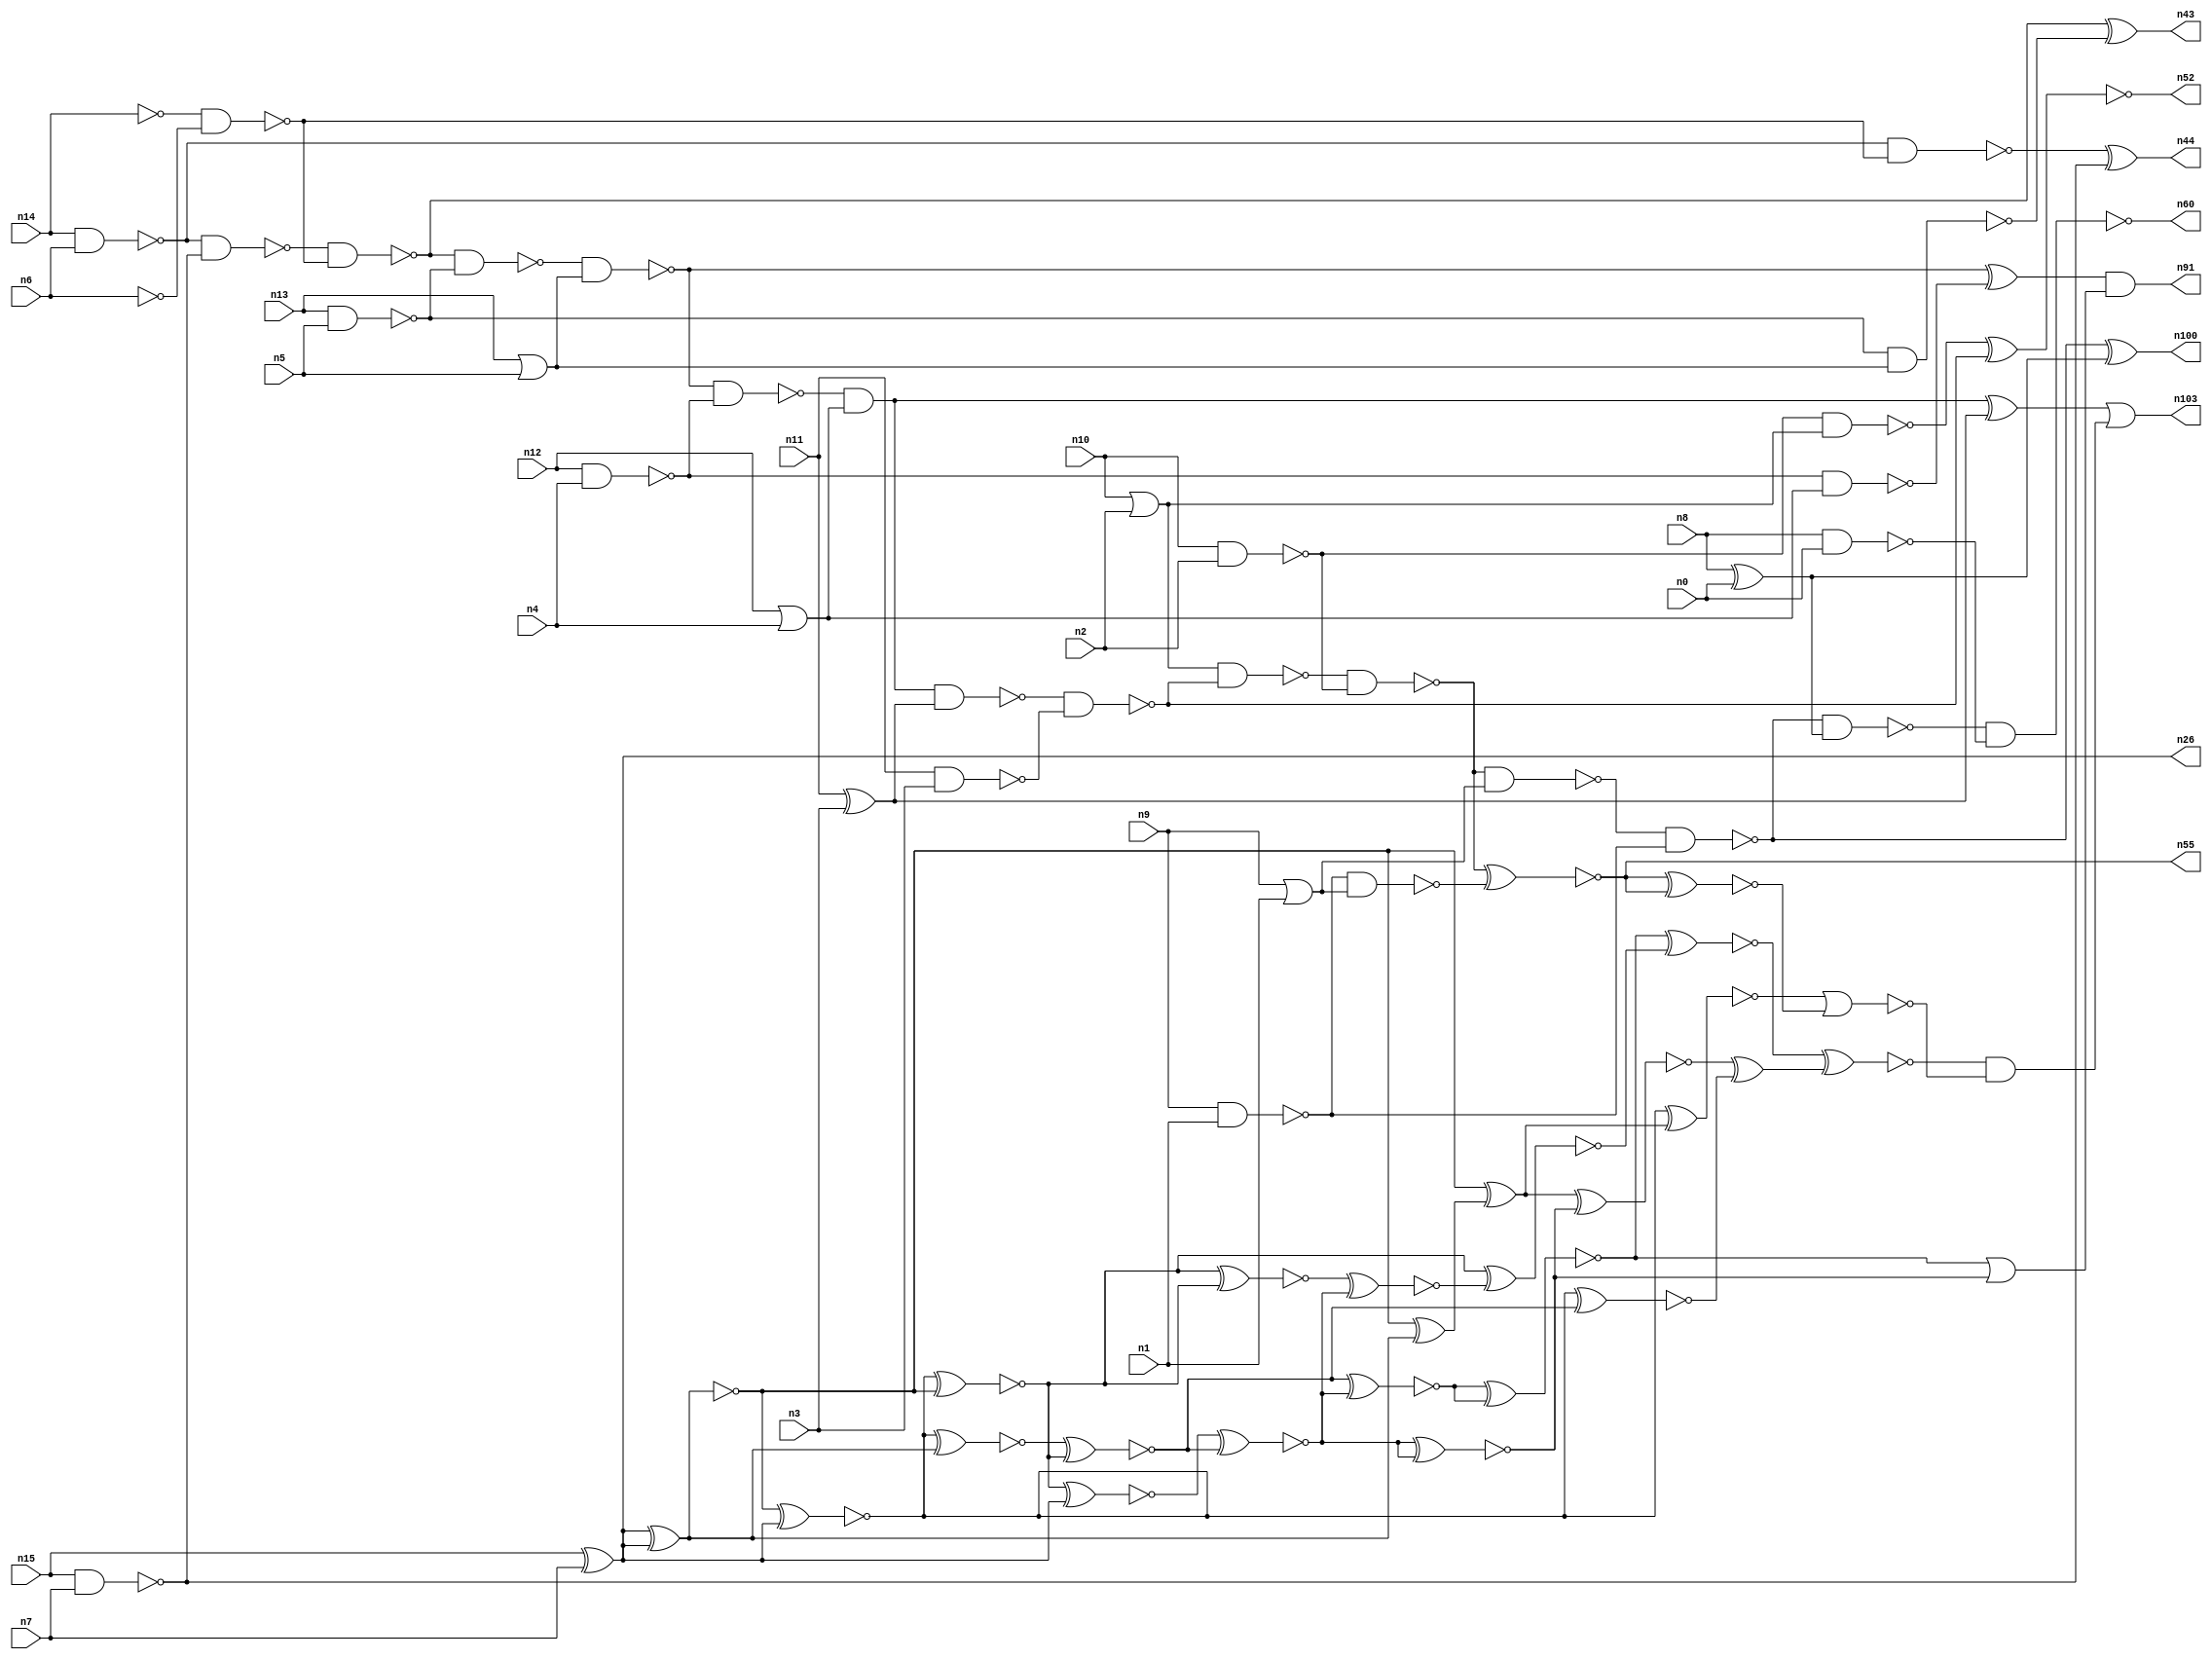
// This file contains a pareto-optimal circuit with respect to pdp and the fault-resilince parameter p_fault which is defined as:
// "For all input vectors, the ratio of the no. of faults observable at the POs to the no. of total possible faults in the circuit".
// This code is part of the ReCkt library (https://github.com/umar-afzaal/ReCkt) distributed under The MIT License.
// When used, please cite the following article(s):
// U. Afzaal, A.S. Hassan, M. Usman and J.A. Lee, "On the Evolutionary Synthesis of Increased Fault-resilience Arithmetic Circuits".

// p_fault = 55.1 %    (Lower is better)
// gates = 82.0
// levels = 16
// area = 115.12    (For MCNC library relative to nand2)
// power = 654.7 uW    (Berkely-SIS for MCNC library @ Vdd=5V and 20 MHz clock)
// delay = 25.1 ns    (Berkely-ABC for MCNC library)
// PDP = 1.6433e-11 J

// Pin mapping:
// {n0, n1, n2, n3, n4, n5, n6, n7} = A[7:0]
// {n8, n9, n10, n11, n12, n13, n14, n15} = B[7:0]
// {n60, n100, n55, n52, n103, n91, n43, n44, n26} = O[8:0]

module addr8u_pdp_48 (
n0, n1, n2, n3, n4, n5, n6, n7, n8, n9, n10, n11, n12, n13, n14, n15, 
n60, n100, n55, n52, n103, n91, n43, n44, n26
);

input n0, n1, n2, n3, n4, n5, n6, n7, n8, n9, n10, n11, n12, n13, n14, n15;
output n60, n100, n55, n52, n103, n91, n43, n44, n26;
wire n30, n69, n68, n102, n79, n61, n46, n18, n59, n93, n45, n90, n56, n37, n80, n101, n53, n62, n40, n25, 
n85, n67, n81, n22, n38, n97, n57, n39, n70, n19, n34, n76, n50, n29, n72, n35, n24, n63, n75, n49, 
n89, n74, n17, n65, n42, n51, n82, n78, n36, n47, n98, n20, n23, n83, n16, n66, n48, n21, n41, n54, 
n27, n33, n28, n58, n86, n71, n73, n31, n84, n32, n77, n64, n99;

nand (n16, n13, n5);
not (n17, n14);
or (n18, n12, n4);
nand (n19, n10, n2);
nand (n20, n15, n7);
or (n21, n10, n2);
not (n22, n6);
xor (n23, n8, n0);
or (n24, n13, n5);
nand (n25, n14, n6);
xor (n26, n15, n7);
nand (n27, n12, n4);
xor (n28, n11, n3);
nor (n29, n9, n1);
nand (n30, n8, n0);
nand (n31, n9, n1);
nand (n32, n11, n3);
nand (n33, n27, n18);
not (n34, n29);
nand (n35, n16, n24);
nand (n36, n25, n20);
nand (n37, n17, n22);
nand (n38, n19, n21);
nand (n39, n36, n37);
nand (n40, n25, n37);
nand (n41, n31, n34);
nand (n42, n39, n16);
xor (n43, n39, n35);
xor (n44, n40, n20);
nand (n45, n42, n24);
nand (n46, n45, n27);
xor (n47, n45, n33);
and (n48, n46, n18);
nand (n49, n48, n28);
xor (n50, n48, n28);
nand (n51, n49, n32);
xnor (n52, n38, n51);
nand (n53, n21, n51);
nand (n54, n53, n19);
xnor (n55, n54, n41);
nand (n56, n54, n34);
nand (n57, n56, n31);
nand (n58, n57, n23);
xor (n59, n57, n23);
nand (n60, n58, n30);
xnor (n61, n26, n26);
xnor (n62, n26, n26);
xnor (n63, n26, n26);
xnor (n64, n61, n26);
xor (n65, n26, n26);
xnor (n66, n64, n63);
xnor (n67, n26, n62);
xnor (n68, n26, n62);
xor (n69, n63, n65);
xnor (n70, n64, n61);
xnor (n71, n66, n26);
xnor (n72, n68, n65);
xnor (n73, n68, n61);
xnor (n74, n72, n70);
xor (n75, n61, n69);
xnor (n76, n72, n73);
xnor (n77, n67, n76);
xnor (n78, n71, n74);
xnor (n79, n71, n76);
xnor (n80, n70, n73);
xnor (n81, n74, n79);
xnor (n82, n78, n78);
xnor (n83, n80, n79);
xnor (n84, n81, n81);
xnor (n85, n75, n82);
xnor (n86, n67, n75);
or (n89, n84, n82);
xor (n90, n85, n77);
and (n91, n47, n89);
xnor (n93, n66, n83);
xnor (n97, n84, n93);
xnor (n98, n97, n90);
xnor (n99, n55, n55);
and (n100, n59, n59);
nor (n101, n86, n99);
and (n102, n98, n101);
or (n103, n50, n102);

endmodule